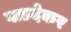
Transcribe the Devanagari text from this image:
वाडदेकर